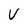
Character: v